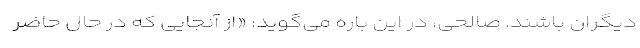
دیگران باشند. صالحی، در این باره می‌گوید: «از آنجایی که در حال حاضر